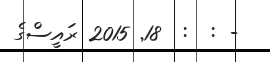
- :  :  18